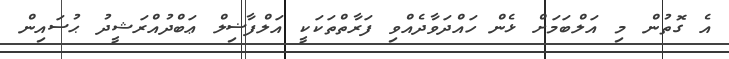
އެ ގޮތުން މި އަލްބަމަށް ޅެން ހައްދަވާދެއްވި ފަރާތްތަކަކީ އަލްފާޟިލް ޢަބްދުއްރަޝީދު ޙުސައިން